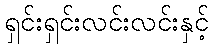
ရှင်းရှင်းလင်းလင်းနှင့်